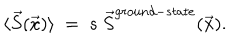
\langle \vec { S } ( \vec { x } ) \rangle ~ = ~ s ~ \vec { S } ^ { g r o u n d - s t a t e } ( \vec { x } ) .